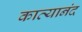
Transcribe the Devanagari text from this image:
काव्यानंद